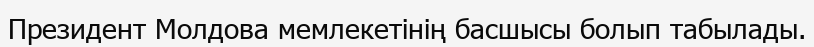
Президент Молдова мемлекетінің басшысы болып табылады.